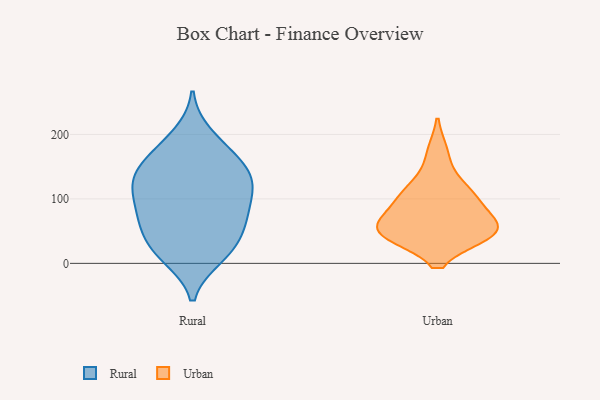
{"axis": {"x": "LTV (USD)", "y": "Value"}, "legend": ["Rural", "Urban"], "data": [{"x": "", "y": 199, "type": "Rural"}, {"x": "", "y": 165, "type": "Rural"}, {"x": "", "y": 10, "type": "Rural"}, {"x": "", "y": 31, "type": "Rural"}, {"x": "", "y": 106, "type": "Rural"}, {"x": "", "y": 63, "type": "Rural"}, {"x": "", "y": 139, "type": "Rural"}, {"x": "", "y": 139, "type": "Rural"}, {"x": "", "y": 179, "type": "Rural"}, {"x": "", "y": 153, "type": "Rural"}, {"x": "", "y": 118, "type": "Rural"}, {"x": "", "y": 121, "type": "Rural"}, {"x": "", "y": 55, "type": "Rural"}, {"x": "", "y": 67, "type": "Rural"}, {"x": "", "y": 78, "type": "Rural"}, {"x": "", "y": 124, "type": "Rural"}, {"x": "", "y": 84, "type": "Rural"}, {"x": "", "y": 20, "type": "Rural"}, {"x": "", "y": 14, "type": "Rural"}, {"x": "", "y": 55, "type": "Urban"}, {"x": "", "y": 48, "type": "Urban"}, {"x": "", "y": 49, "type": "Urban"}, {"x": "", "y": 86, "type": "Urban"}, {"x": "", "y": 46, "type": "Urban"}, {"x": "", "y": 117, "type": "Urban"}, {"x": "", "y": 46, "type": "Urban"}, {"x": "", "y": 171, "type": "Urban"}, {"x": "", "y": 96, "type": "Urban"}, {"x": "", "y": 112, "type": "Urban"}, {"x": "", "y": 54, "type": "Urban"}]}